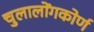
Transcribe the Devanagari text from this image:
चुलालोंगकोर्ण